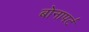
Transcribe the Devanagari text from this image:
बोनापर्ट